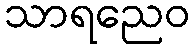
သာရညေဝ